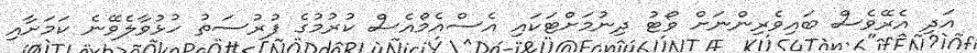
އަދި އެރޭވެސް ބައިވެރިންނަށް ވޯޓު ދިނުމަށްޓަކައި އެސްއެމްއެސް ކުރުމުގެ ފުރުސަތު ހުޅުވާލެވޭނެ ކަމަށާއި